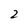
Character: 2